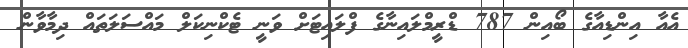
އެއާ އިންޑިއާގެ ބޯއިން 787 ޑްރީމްލައިނާގެ ފްލައިޓަށް ވަނީ ޓެކްނިކަލް މައްސަލަތައް ދިމާވާން